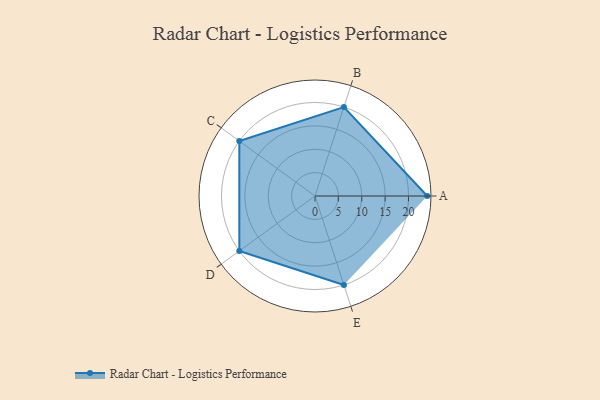
{"axis": {"x": "Skill", "y": "Score"}, "legend": ["Profile"], "data": [{"x": "A", "y": 24.0, "type": "Profile"}, {"x": "B", "y": 20.0, "type": "Profile"}, {"x": "C", "y": 20, "type": "Profile"}, {"x": "D", "y": 20, "type": "Profile"}, {"x": "E", "y": 20, "type": "Profile"}]}